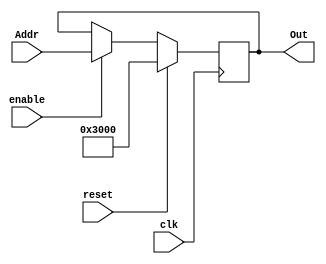
`timescale 1ns / 1ps
//////////////////////////////////////////////////////////////////////////////////
// Company: 
// Engineer: 
// 
// Design Name: 
// Module Name:    PC 
// Project Name: 
// Target Devices: 
// Tool versions: 
// Description: 
//
// Dependencies: 
//
// Revision: 
// Revision 0.01 - File Created
// Additional Comments: 
//
//////////////////////////////////////////////////////////////////////////////////
module PC(
    input wire [31:0] Addr,
	input wire clk,
	input wire reset,
	input wire enable,
	output reg [31:0] Out
    );
	initial begin
		Out <= 32'h00003000;
	end
	always @(posedge clk) begin
		if(reset) begin
			Out <= 32'h00003000;
		end
		else if(enable) begin
			Out <= Addr;
			//Out <= {{16{1'b0}}, Addr[15:0]};
		end
		else begin
			Out <= Out;
		end
	end	
endmodule